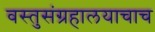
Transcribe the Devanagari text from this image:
वस्तुसंग्रहालयाचाच